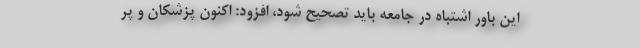
این باور اشتباه در جامعه باید تصحیح شود، افزود: اکنون پزشکان و پر